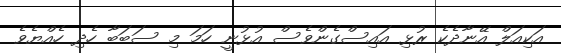
އަކިއަލް އޭނާދެކެ ރުޅި އައިސްގެންވެސް އުޅުނީ ހަމަ މި ސަބަބާ ހެދި ހެއްޔެވެ